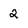
Character: 2